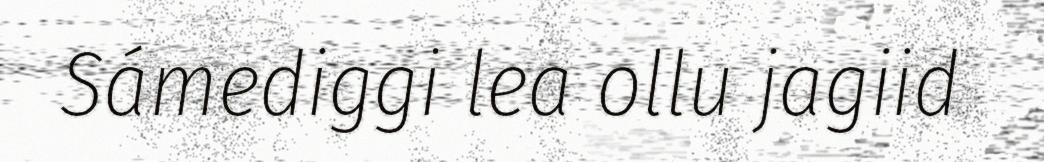
Sámediggi lea ollu jagiid